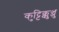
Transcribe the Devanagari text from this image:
कुट्टिक्कुञ्ञु